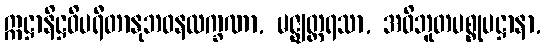
ဣဋ္ဌာနိဋ္ဌဝိပရီတာနုဘဝနလက္ခဏာ, မဇ္ဈတ္တရသာ, အဝိဘူတပစ္စုပဋ္ဌာနာ,